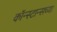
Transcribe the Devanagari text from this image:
कॉन्स्टान्सच्या